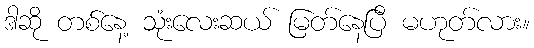
ဒါဆို တစ်နေ့ သုံးလေးဆယ် မြတ်နေပြီ မဟုတ်လား။